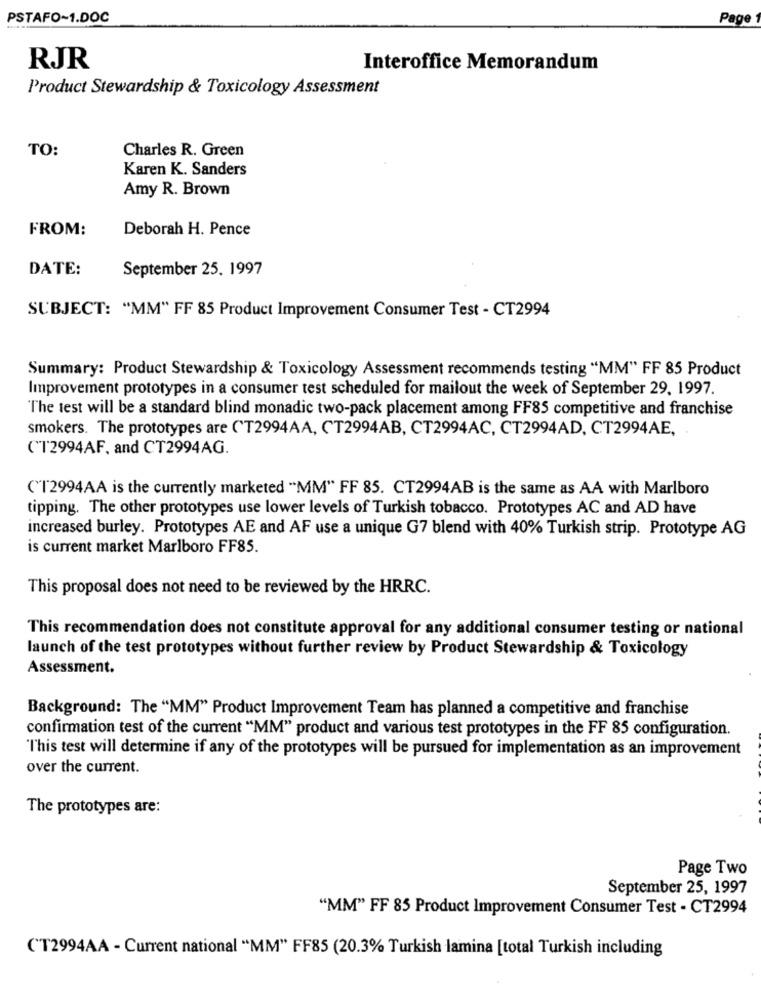
PSTAFO~1.DOC
Page
RJR
Interoffice Memorandum
Product Stewardship & Toxicology Assessment
TO:
Charles R. Green
Karen K. Sanders
Amy R. Brown
FROM:
Deborah H. Pence
DATE:
September 25. 1997
SUBJECT: "MM" FF 85 Product Improvement Consumer Test - CT2994
Summary: Product Stewardship & Toxicology Assessment recommends testing "MM" FF 85 Product
Improvement prototypes in a consumer test scheduled for mailout the week of September 29, 1997.
The test will be a standard blind monadic two-pack placement among FF85 competitive and franchise
smokers. The prototypes are (T2994AA, CT2994AB, CT2994AC, CT2994AD, CT2994AE,
(1'2994AF, and CT2994AG.
("['2994AA is the currently marketed "MM" FF 85. CT2994AB is the same as AA with Marlboro
tipping. The other prototypes use lower levels of Turkish tobacco. Prototypes AC and AD have
increased burley. Prototypes AE and AF use a unique G7 blend with 40% Turkish strip. Prototype AG
is current market Marlboro FF85.
This proposal does not need to be reviewed by the HRRC.
This recommendation does not constitute approval for any additional consumer testing or national
launch of the test prototypes without further review by Product Stewardship & Toxicology
Assessment.
Background: The "MM" Product Improvement Team has planned a competitive and franchise
confirmation test of the current "MM" product and various test prototypes in the FF 85 configuration.
This test will determine if any of the prototypes will be pursued for implementation as an improvement
over the current.
The prototypes are:
Page Two
September 25, 1997
"MM" FF 85 Product Improvement Consumer Test - CT2994
('T2994AA - Current national "MM" FF85 (20.3% Turkish lamina [total Turkish including